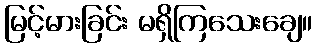
မြင့်မားခြင်း မရှိကြသေးချေ။